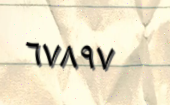
٦٧٨٩٧